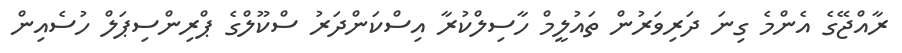
ރާއްޖޭގެ އެންމެ ގިނަ ދަރިވަރުން ތައުލީމް ހާސިލްކުރާ އިސްކަންދަރު ސްކޫލްގެ ޕްރިންސިޕަލް ހުސެއިން